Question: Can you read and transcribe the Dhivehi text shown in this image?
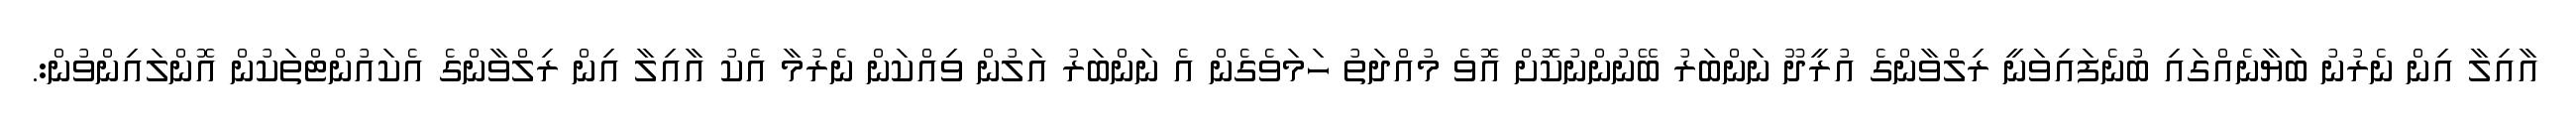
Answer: އާއިލާ އިން ނެރުނު ބަޔާނެއްގައި ބުނެފައިވަނީ ރިލްވާންގެ އުރީދޫ ނަންބަރު ބޭނުންނުކޮށް އޮވެ މުއްދަތު ހަމަވެގެން އެ ނަންބަރު އަލުން ވިއްކަން ނެރުމާ އެކު އާއިލާ އިން ރިލްވާންގެ އެކައުންޓްތަކުން އޮންލައިންވުން:.